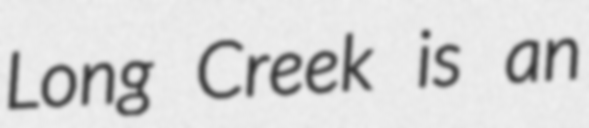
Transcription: Long Creek is an